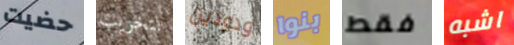
حضيت لتخريب ودودين بنوا فقط اشبه